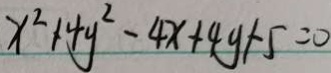
x ^ { 2 } + 4 y ^ { 2 } - 4 x + 4 y + 5 = 0